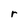
Character: r